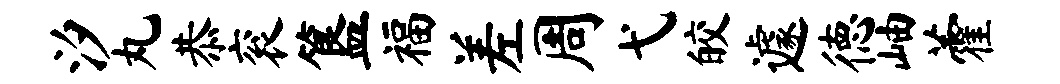
汐丸恭衮簋福差周弋皎遽德岫藿